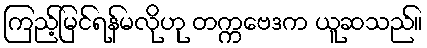
ကြည့်မြင်ရန်မလိုဟု တက္ကဗေဒက ယူဆသည်။